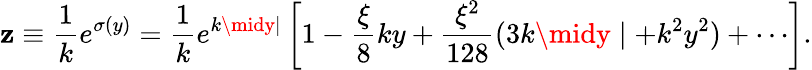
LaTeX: \mathbf{z}\equiv\frac{{1}}{{k}}e^{\sigma(y)}=\frac{{1}}{{k}}e^{k\midy\mid}\left[1-\frac{{\xi}}{{8}}ky+\frac{{\xi^{2}}}{{128}}(3k\midy\mid+k^{2}y^{2})+\cdots\right].